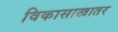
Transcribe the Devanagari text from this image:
विकासाखातर